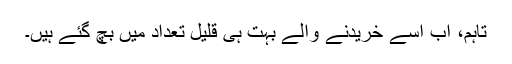
تاہم، اب اسے خریدنے والے بہت ہی قلیل تعداد میں بچ گئے ہیں۔